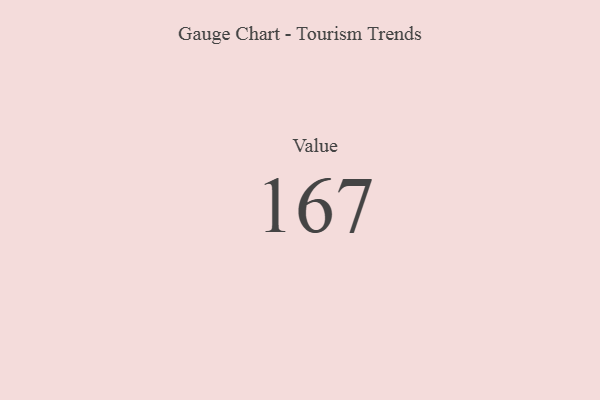
{"axis": {"x": "Metric", "y": "Value"}, "legend": [""], "data": [{"x": "Value", "y": 167, "type": ""}]}